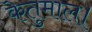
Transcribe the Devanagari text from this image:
केतुमाल।